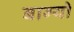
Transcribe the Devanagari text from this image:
बाग्यो